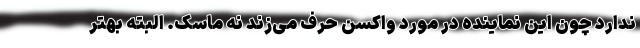
ندارد چون این نماینده در مورد واکسن حرف می‌زند نه ماسک. البته بهتر